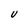
Character: U